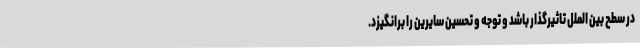
در سطح بین الملل تاثیرگذار باشد و توجه و تحسین سایرین را برانگیزد.